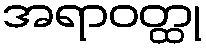
အရာဝတ္ထု